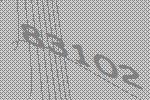
83102